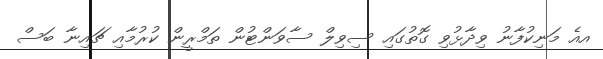
އއެ މަނިކުފާނު ވިދާޅުވި ގޮތުގައި ސިވިލް ސާވަންޓުން ތަމްރީން ކުރުމާއި ޗައިނާ ބަސް